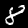
Digit: 8